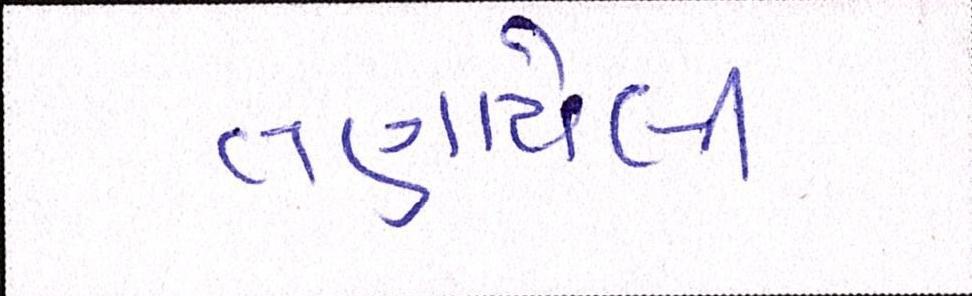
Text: તણાયેલી